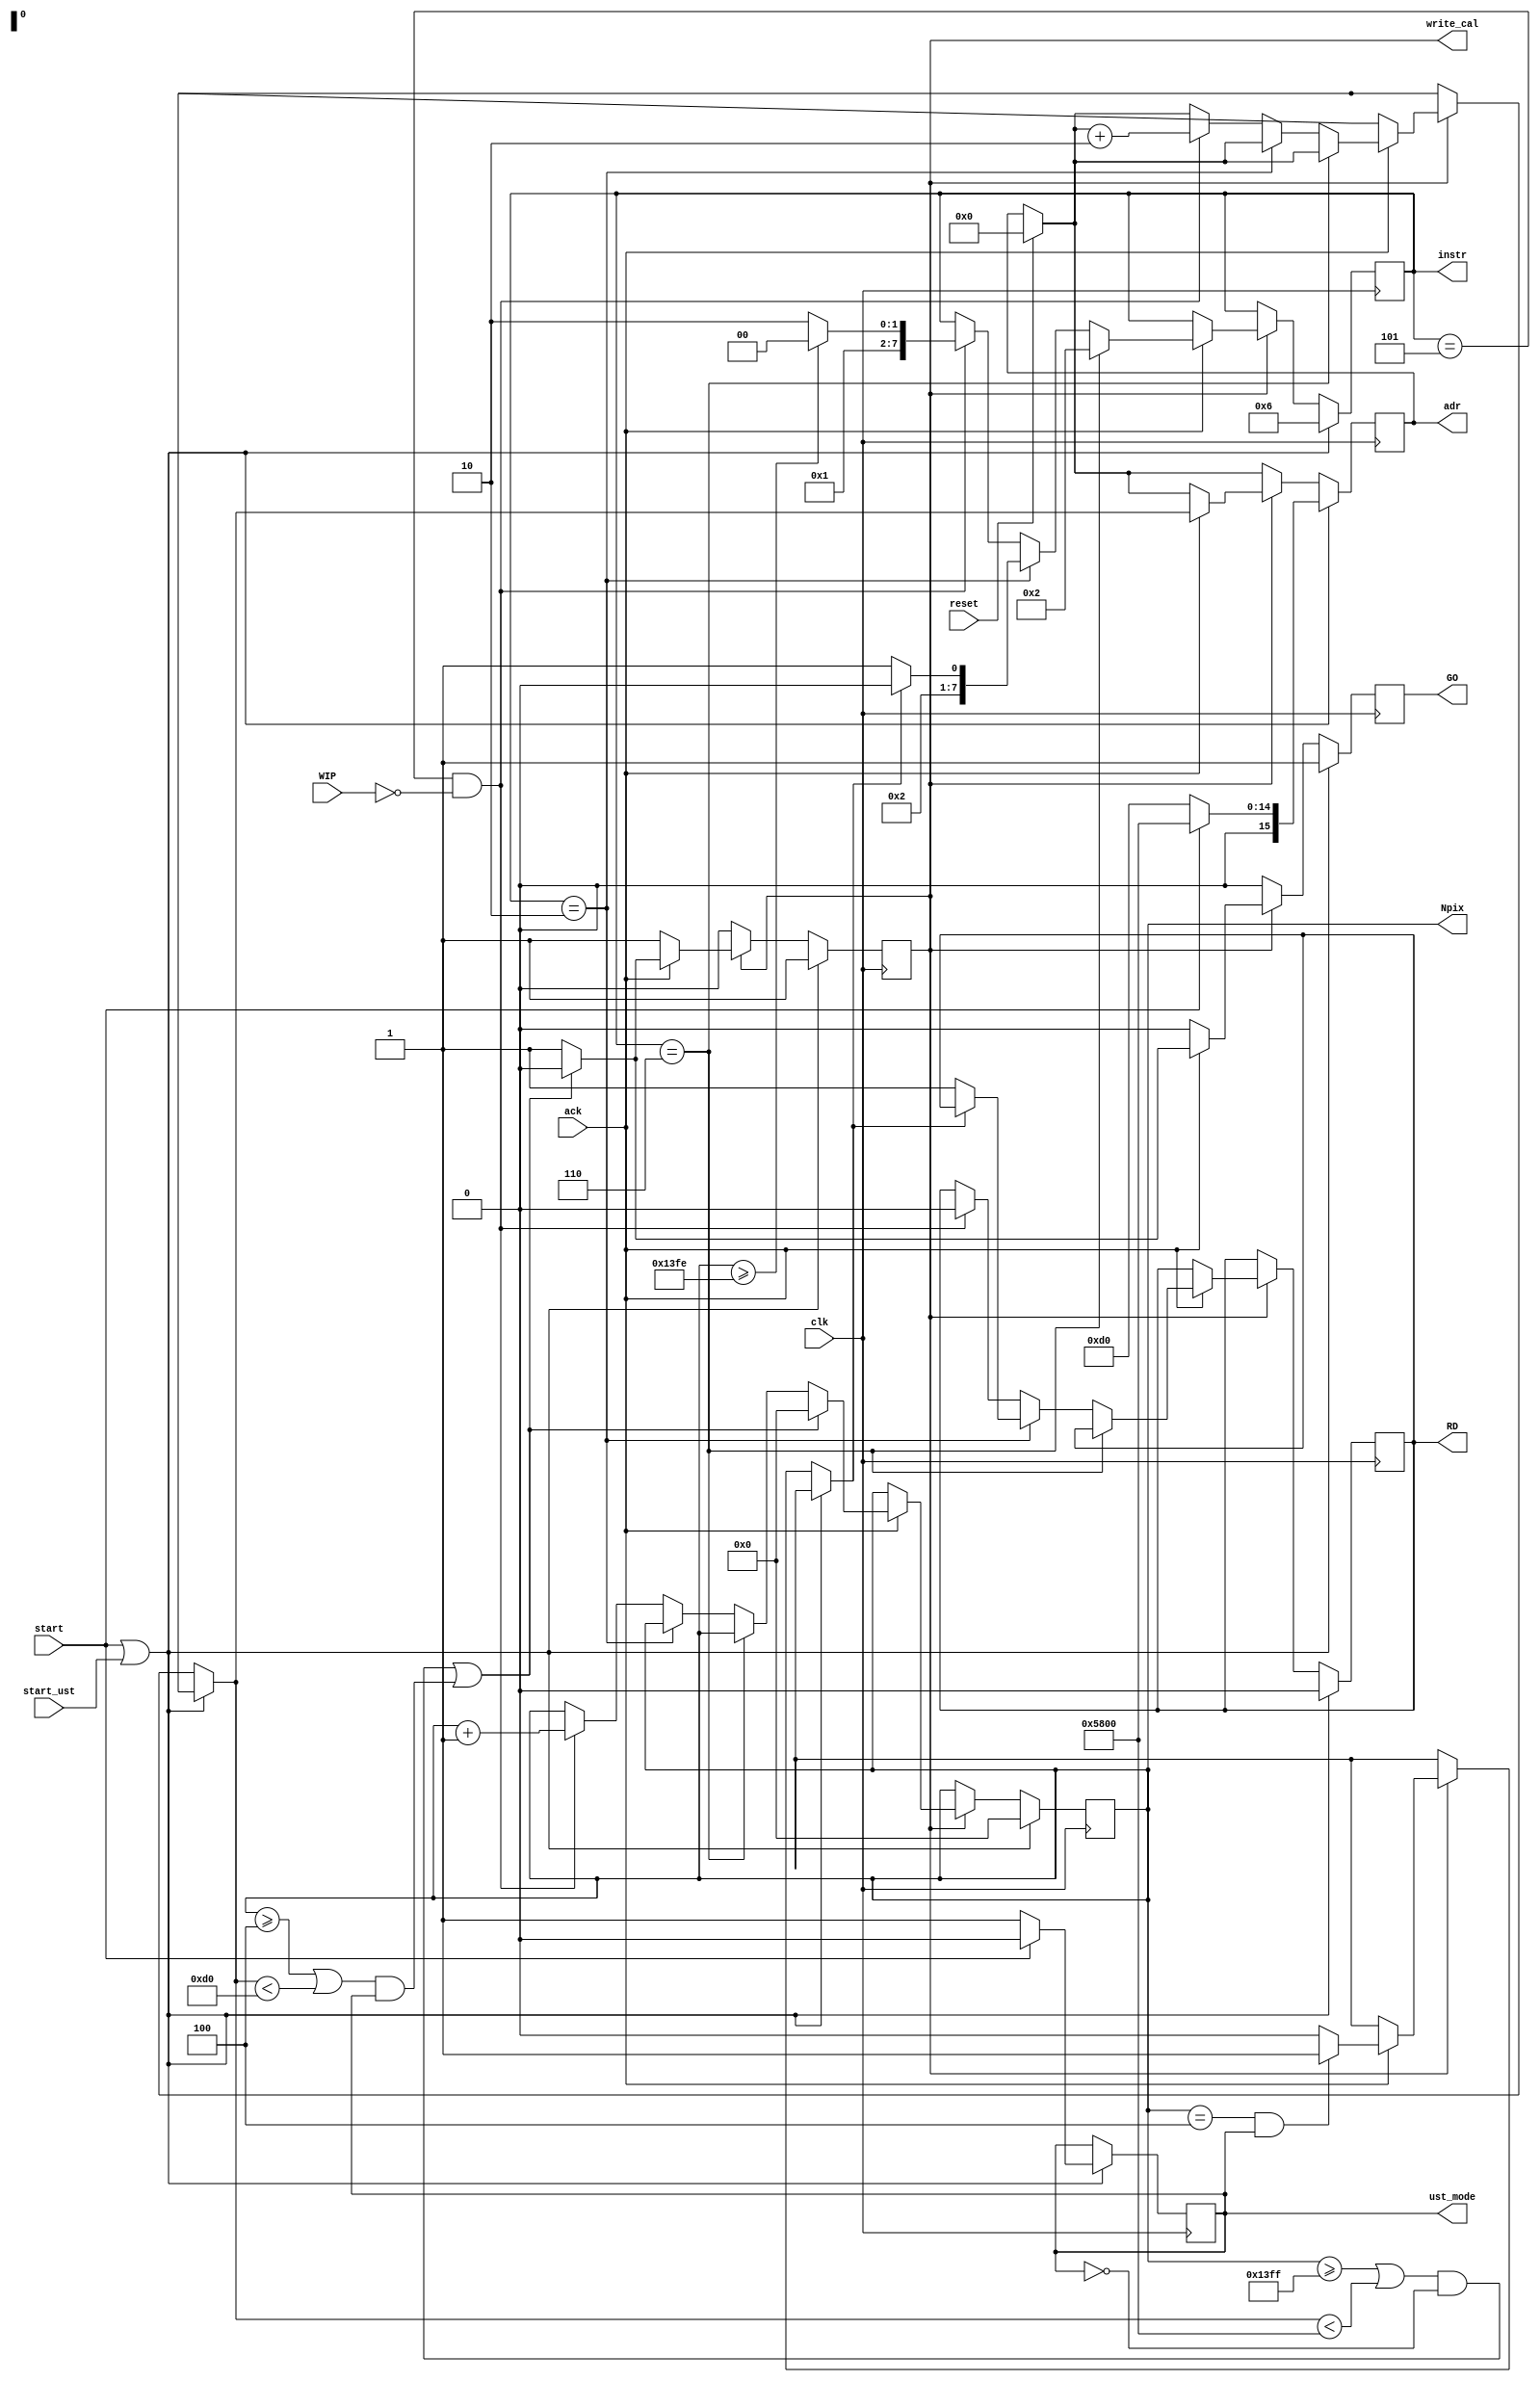
module WR_SCAL(
	input wire clk,
	input wire start,
	input wire ack,
	input wire WIP,
	input wire start_ust,
	input wire reset,
	output reg GO = 0,
	output reg write_cal = 0,
	output reg [7:0] instr = 6,
	output reg [15:0] adr = 16'h5800,
	output reg [13:0] Npix = 13'd0,
	output reg RD =0,
	output reg ust_mode
	);
reg cal_end;
reg ust_end; 

always @(posedge clk) begin
if (reset==1)
	adr = 16'd0;
if (GO==1)
	GO <= 0;
if ((start==1)||(start_ust==1)) begin
	write_cal <= 1;
	Npix <= 13'h0000;
	instr <= 6;
	GO <=1;
	if (start==1) begin
		adr=16'h5800;
		ust_mode <= 0;
	end
	else begin
		adr=16'h00D0;
		ust_mode <= 1;
	end
	RD<=0;
end	
else if (write_cal==1) begin
	if (ack==1) begin 
	   //   
		if ((Npix==5119)&&(ust_mode==0))
			cal_end = 1;
		else
			cal_end = 0;
		//   
		if ((Npix==4)&&(ust_mode==1))
			ust_end = 1;
		else
			ust_end = 0;
		// 
		if (instr==6) //    ( 6)
			instr<=2;
		else if (instr==2) begin //  2 -     WIP ( )
			if (ust_end==1) //  !!!
				instr <= 4;
			else begin
				instr<=5; //   
				RD<=1;
			end
		end
		else if ((instr==5)&&(WIP==0)) begin //   Npix
			Npix <= Npix+1;
			adr = adr + 2;
			RD<=0;
			if (Npix>=5118)
				instr<=4;
			else
				instr <= 6;
		end
		if ((((Npix>=5119)||(adr<16'h5800))&&(ust_mode==0))||(((Npix>=4)||(adr<16'h00D0))&&(ust_mode==1))) begin
			write_cal<=0;
			Npix <= 13'h0000;
		end
		else
			GO <= 1;
	end;
end;
end
endmodule